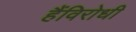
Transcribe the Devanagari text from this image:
हैंविरोधी